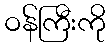
ဝန်ကြီးကို